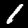
Digit: 1